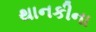
થાનકીના